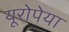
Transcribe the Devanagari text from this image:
यूरोपेया